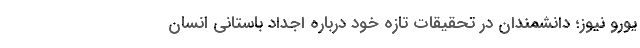
یورو نیوز؛ دانشمندان در تحقیقات تازه خود درباره اجداد باستانی انسان